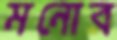
মনোব